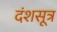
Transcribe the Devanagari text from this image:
दंशसूत्र